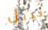
تذبل